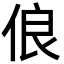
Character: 俍